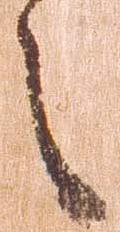
之